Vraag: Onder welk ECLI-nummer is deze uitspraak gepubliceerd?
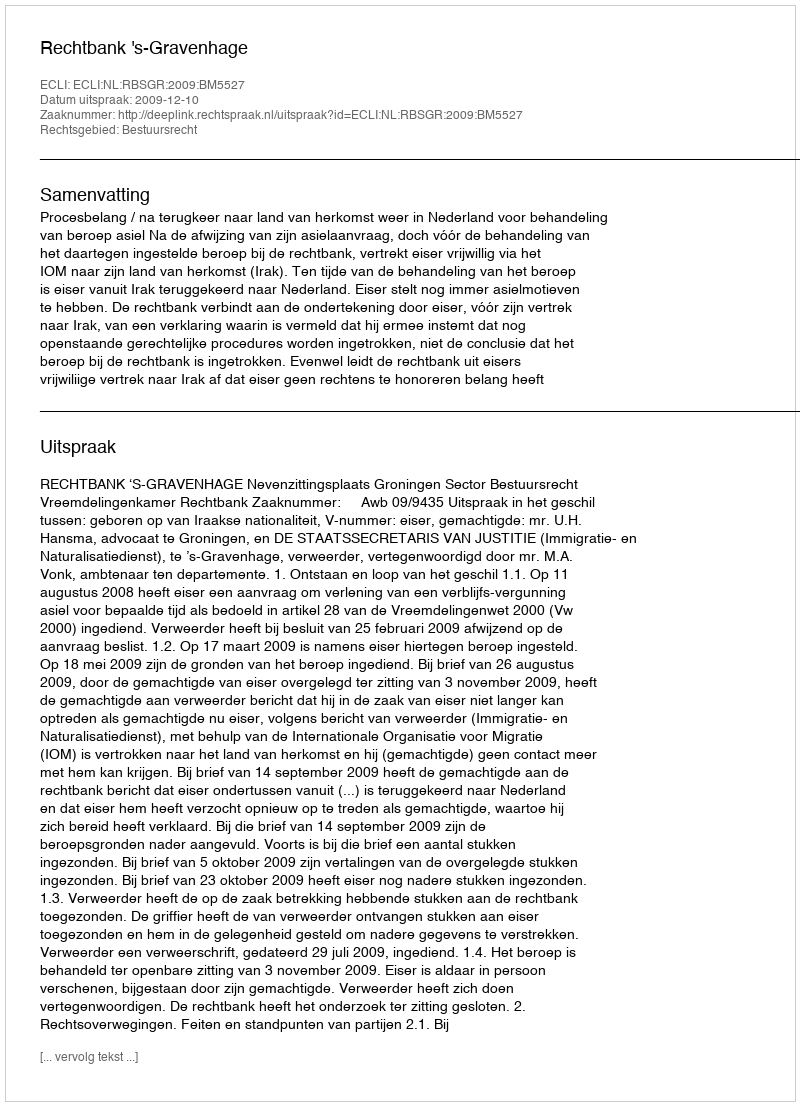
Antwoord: ECLI:NL:RBSGR:2009:BM5527